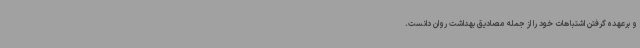
و برعهده گرفتن اشتباهات خود را از جمله مصادیق بهداشت روان دانست.